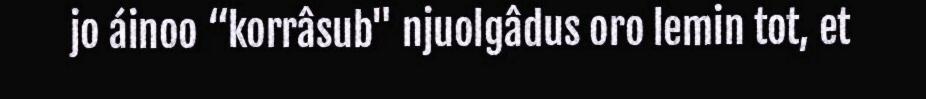
jo áinoo “korrâsub" njuolgâdus oro lemin tot, et